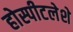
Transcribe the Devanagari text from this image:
होस्पीटलेशे